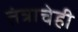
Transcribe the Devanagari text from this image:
तंत्राचेही